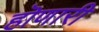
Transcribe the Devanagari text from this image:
हॊणारी